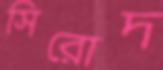
সিরোদ